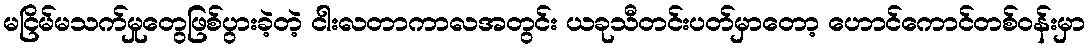
မငြိမ်မသက်မှုတွေဖြစ်ပွားခဲ့တဲ့ ငါးလတာကာလအတွင်း ယခုသီတင်းပတ်မှာတော့ ဟောင်ကောင်တစ်ဝန်းမှာ